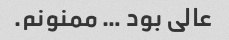
عالی بود … ممنونم.